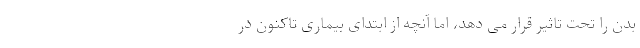
بدن را تحت تاثیر قرار می دهد، اما آنچه از ابتدای بیماری تاکنون در